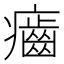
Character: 𤻽